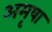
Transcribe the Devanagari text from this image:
अमृषा